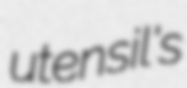
utensil's